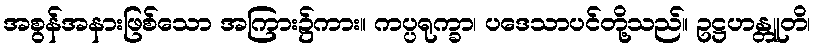
အစွန်အနားဖြစ်သော အကြား၌ကား။ ကပ္ပရုက္ခာ၊ ပဒေသာပင်တို့သည်။ ဥဋ္ဌဟန္တူတိ၊